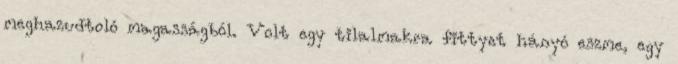
meghazudtoló magasságból. Volt egy tilalmakra fittyet hányó eszme, egy